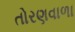
તોરણવાળા